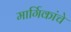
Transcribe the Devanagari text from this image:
मार्गिकांचे